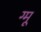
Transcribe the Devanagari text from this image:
ग्‍मू